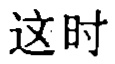
这时